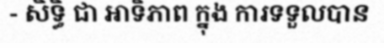
- សិទ្ធិ ជា អាទិភាព ក្នុង ការទទួលបាន